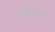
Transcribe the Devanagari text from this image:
डेफ्रेटस